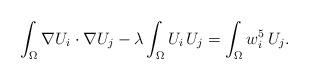
LaTeX: \begin{align*}\int_{\Omega}\nabla U_i\cdot \nabla U_j-\lambda\int_{\Omega}U_i\, U_j=\int_{\Omega}w_i^5\, U_j.\end{align*}